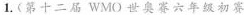
1.(第十二届WMO世奥赛六年级初赛